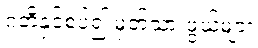
ဂတိနှင့်စပ်၍ မှတ်သားဖွယ်များ